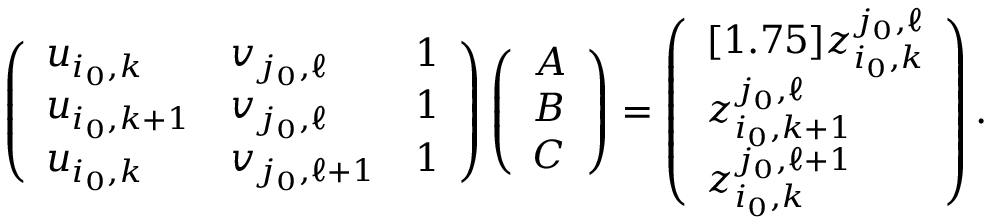
\left( \begin{array} { l l l } { u _ { i _ { 0 } , k } } & { v _ { j _ { 0 } , \ell } } & { 1 } \\ { u _ { i _ { 0 } , k + 1 } } & { v _ { j _ { 0 } , \ell } } & { 1 } \\ { u _ { i _ { 0 } , k } } & { v _ { j _ { 0 } , \ell + 1 } } & { 1 } \end{array} \right) \left( \begin{array} { l } { A } \\ { B } \\ { C } \end{array} \right) = \left( \begin{array} { l } { [ 1 . 7 5 ] z _ { i _ { 0 } , k } ^ { j _ { 0 } , \ell } } \\ { z _ { i _ { 0 } , k + 1 } ^ { j _ { 0 } , \ell } } \\ { z _ { i _ { 0 } , k } ^ { j _ { 0 } , \ell + 1 } } \end{array} \right) .